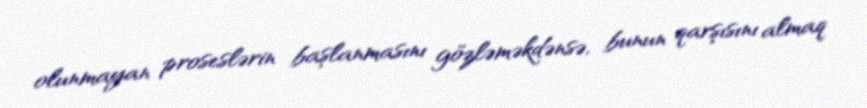
olunmayan proseslərin başlanmasını gözləməkdənsə, bunun qarşısını almaq